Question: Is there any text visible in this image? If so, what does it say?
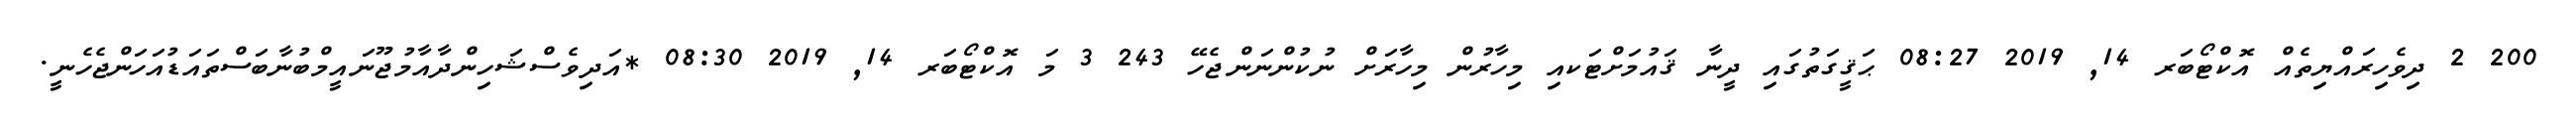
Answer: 200 2 ދިވެހިރައްޔިތެއް އޮކްޓޯބަރ 14, 2019 08:27 ޙަޤީގަތުގައި ދީނާ ޤައުމަށްޓަކއި މިހާރުން މިހާރަށް ނުކުންނަންޖެހޭ 243 3 މަ އޮކްޓޯބަރ 14, 2019 08:30 *އަދިވެސްޝަހިންދާއާމުޖޫނައީމްބުނާބަސްތައަޑުއަހަންޖެހެނީ.